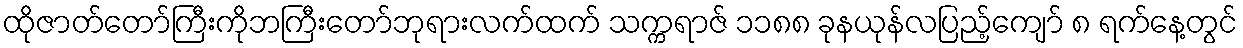
ထိုဇာတ်တော်ကြီးကိုဘကြီးတော်ဘုရားလက်ထက် သက္ကရာဇ် ၁၁၈၈ ခုနယုန်လပြည့်ကျော် ၈ ရက်နေ့တွင်